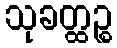
သုခတ္ထဉ္စ